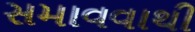
સમાવવાથી